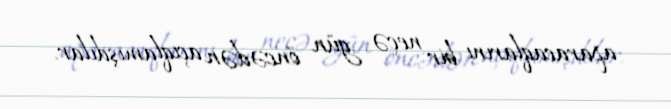
aparacaqlarını bir neçə gün öncədən açıqlamışdılar.